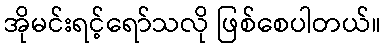
အိုမင်းရင့်ရော်သလို ဖြစ်စေပါတယ်။